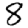
Digit: 8